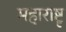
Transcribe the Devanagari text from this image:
महाराष्टृ